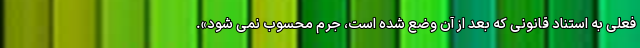
فعلی به استناد قانونی که بعد از آن وضع شده است، جرم محسوب نمی شود».